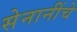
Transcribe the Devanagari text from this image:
सेनानींचे